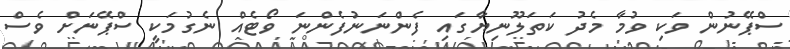
ސްޕޭނުން ވަކި ވުމާ މެދު ކަތަލޫނިޔާގައި ފެންނަނުފެންނަ ވޯޓެއް ނެގުމަކީ ސްޕޭނަށް ވެސް